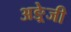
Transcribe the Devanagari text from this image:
अङ्रेजी